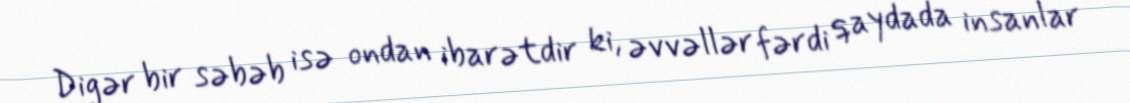
Digər bir səbəb isə ondan ibarətdir ki, əvvəllər fərdi qaydada insanlar